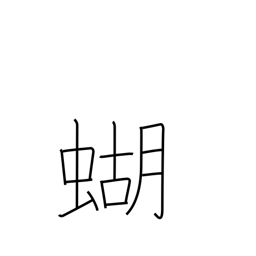
Meaning: butterfly